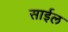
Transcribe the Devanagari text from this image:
साईल